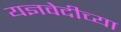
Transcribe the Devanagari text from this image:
यज्ञवेदीच्या